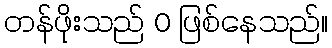
တန်ဖိုးသည် 0 ဖြစ်နေသည်။